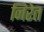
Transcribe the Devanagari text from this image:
निरेत